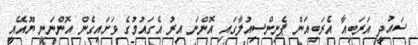
ސައުދީ އަރަބިއާ އެރަބިއަން ޕެނިންސިއުލާގައި އޮންނަ އިރު އެގައުމުގެ ވަށައިގެން އޮންނަނީ ޔޫއޭއީ